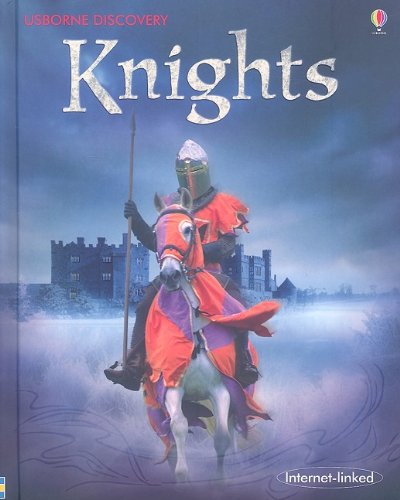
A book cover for Knights: Internet Linked (Discovery); Rachel Firth; Children's Books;